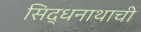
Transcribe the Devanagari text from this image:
सिद्धनाथाची